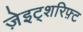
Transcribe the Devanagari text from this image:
ज़ेइट्शरिफ़्ट